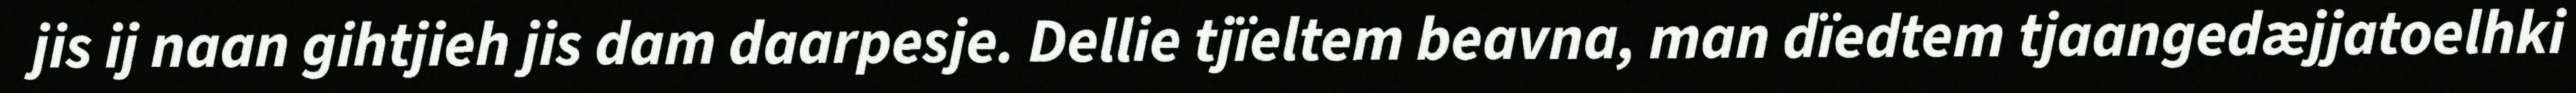
jis ij naan gihtjieh jis dam daarpesje. Dellie tjïeltem beavna, man dïedtem tjaangedæjjatoelhki